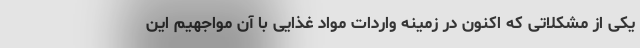
یکی از مشکلاتی که اکنون در زمینه واردات مواد غذایی با آن مواجهیم این